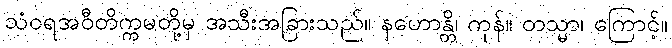
သံဝရအဝီတိက္ကမတို့မှ အသီးအခြားသည်။ နဟောန္တိ၊ ကုန်။ တသ္မာ၊ ကြောင့်။